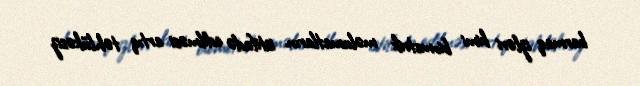
barmaq izləri kimi biometrik məlumatların istifadə edilməsi artıq təhlükəsiz